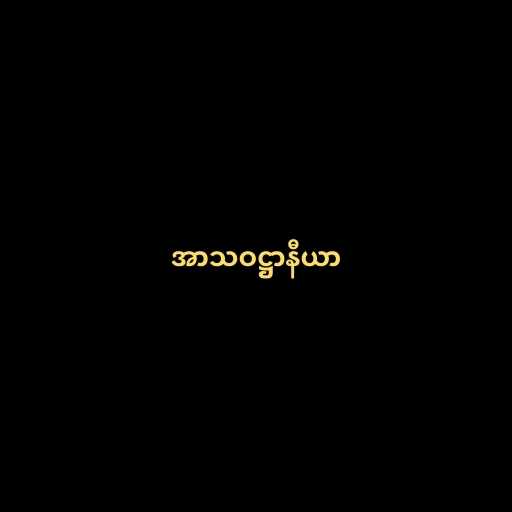
အာသဝဋ္ဌာနီယာ